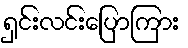
ရှင်းလင်းပြောကြား